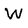
Character: W